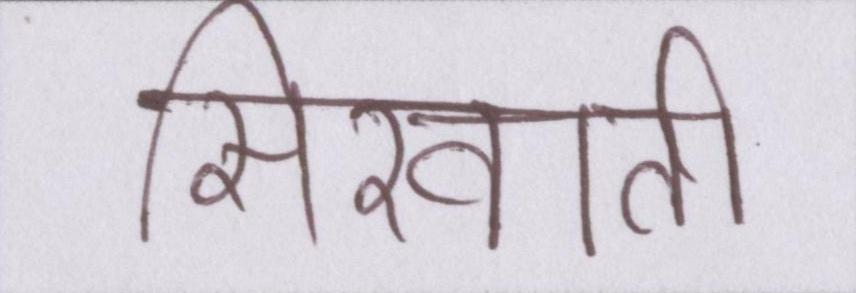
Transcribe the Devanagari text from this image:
सिखाती